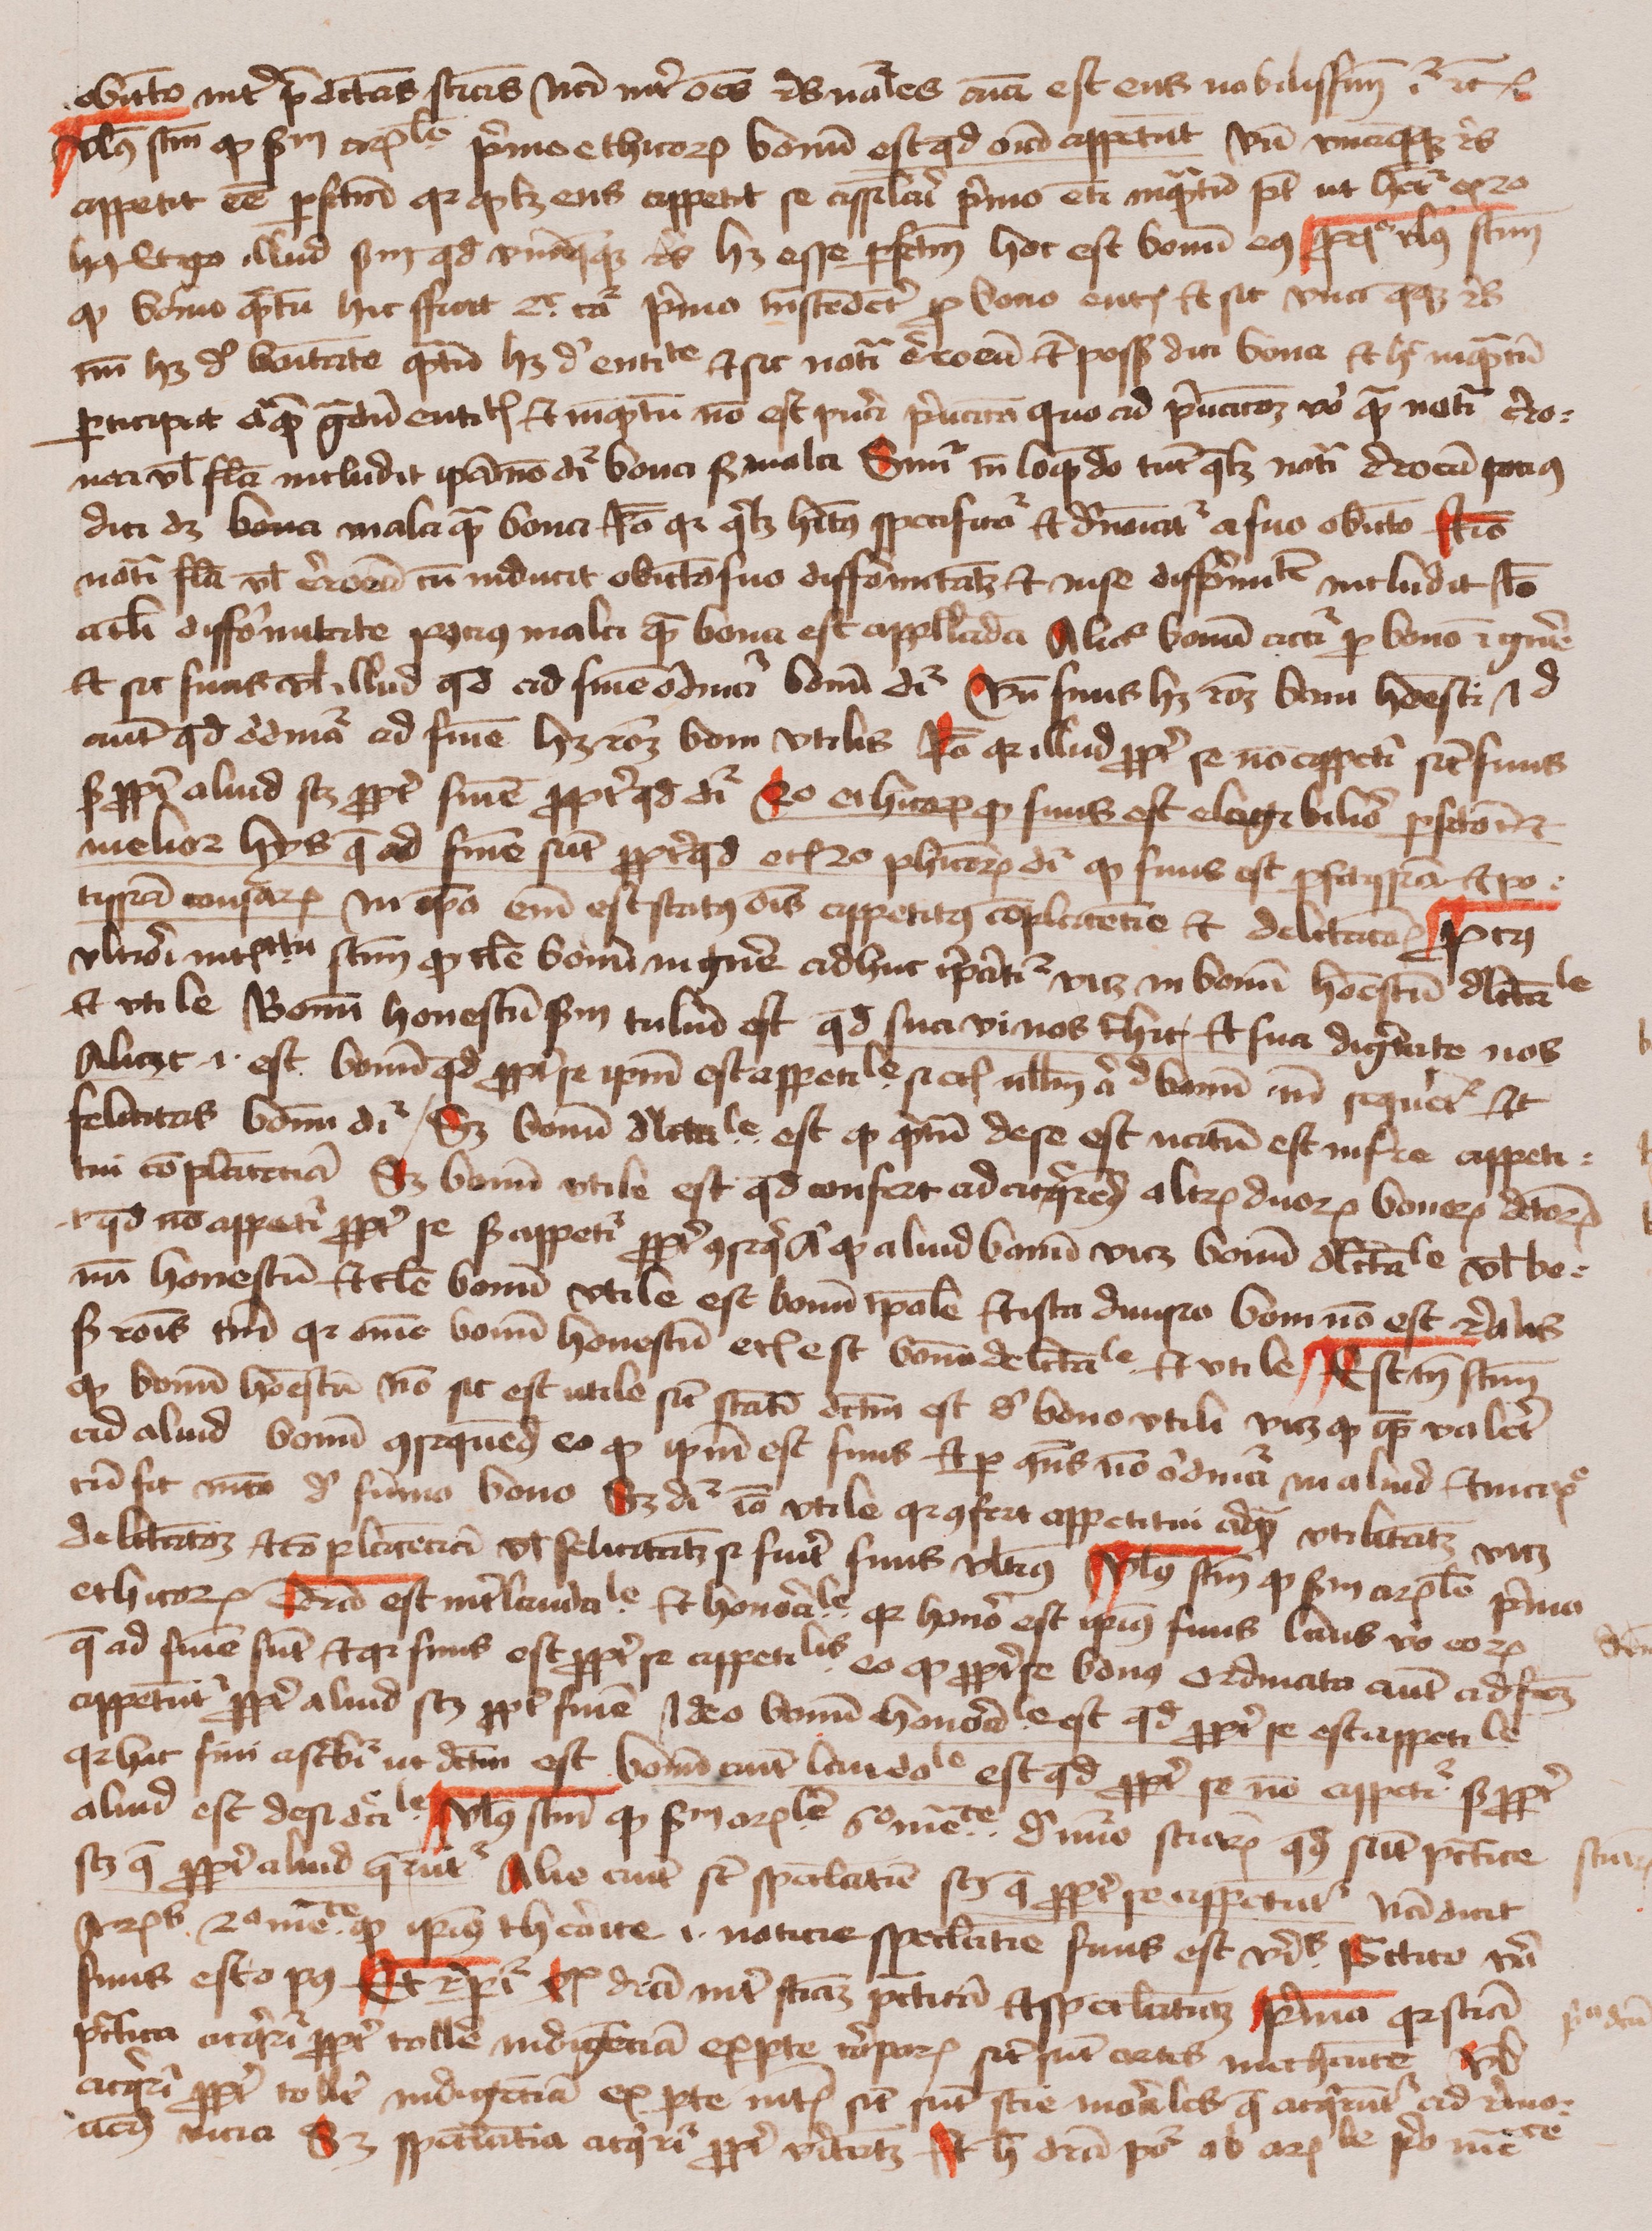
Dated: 1400–1499